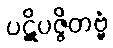
ပဋိပဇ္ဇိတဗ္ဗံ